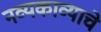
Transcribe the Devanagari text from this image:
नव्यकाव्याचे